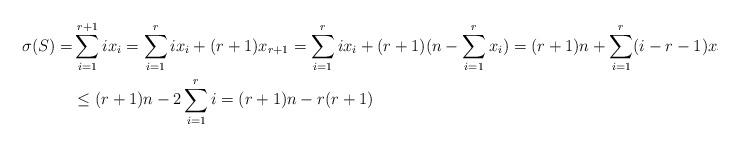
LaTeX: \begin{align*}\sigma(S)=&\sum_{i=1}^{r+1}ix_i=\sum_{i=1}^{r}ix_i+(r+1)x_{r+1}=\sum_{i=1}^{r}ix_i+(r+1)(n-\sum_{i=1}^{r}x_i)=(r+1)n+\sum_{i=1}^{r}(i-r-1)x_i\\&\leq (r+1)n-2\sum_{i=1}^{r}i=(r+1)n-r(r+1) \end{align*}